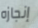
إنجازه